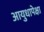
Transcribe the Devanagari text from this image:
आयुधापेक्षा